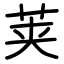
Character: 荚